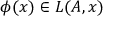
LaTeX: \phi ( { \boldsymbol { x } } ) \in L ( A , { \boldsymbol { x } } )